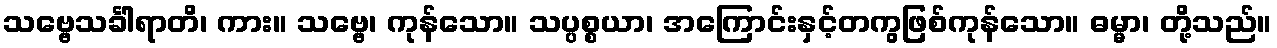
သဗ္ဗေသင်္ခါရာတိ၊ ကား။ သဗ္ဗေ၊ ကုန်သော။ သပ္ပစ္စယာ၊ အကြောင်းနှင့်တကွဖြစ်ကုန်သော။ ဓမ္မာ၊ တို့သည်။